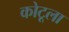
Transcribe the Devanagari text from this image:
कोटूला